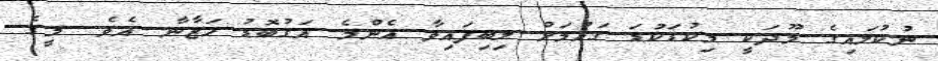
ނުކުލައިގެ މޫދަކީ މިކުޑަކުޑަ ގައުމަށް ލިބިފައިވާ އެންމެ އަގުބޮޑު ހަޒާނާ އެވެ. މީގެ